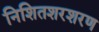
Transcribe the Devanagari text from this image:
निशितशरशरण